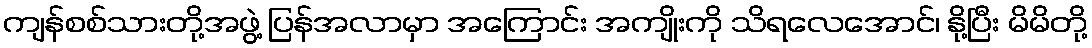
ကျန်စစ်သားတို့အဖွဲ့ ပြန်အလာမှာ အကြောင်း အကျိုးကို သိရလေအောင်၊ နို့ပြီး မိမိတို့